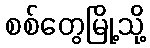
စစ်တွေမြို့သို့